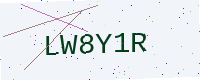
Text: LW8Y1R